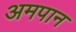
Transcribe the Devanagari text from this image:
अमपान